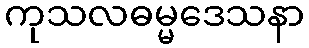
ကုသလဓမ္မဒေသနာ